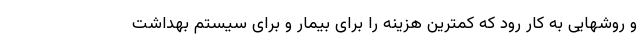
و روشهایی به کار رود که کمترین هزینه را برای بیمار و برای سیستم بهداشت